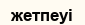
жетпеуі